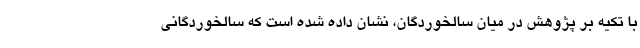
با تکیه بر پژوهش در میان سالخوردگان، نشان داده شده است که سالخوردگانی